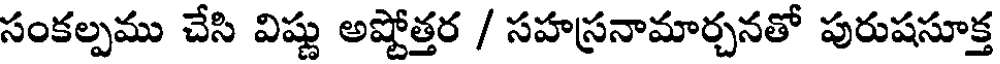
సంకల్పము చేసి విష్ణు అష్టోత్తర / సహస్రనామార్చనతో పురుషసూక్త